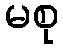
မစု